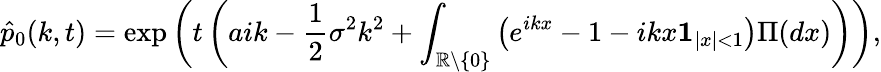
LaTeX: \hat{p}_{0}(k,t)=\exp\left(t\left(aik-\frac{1}{2}\sigma^{2}k^{2}+\int_{\mathbb{R}\setminus\{ 0\} }\left(e^{ikx}-1-ikx\mathbf{1}_{|x|<1}\right)\Pi(dx)\right)\right),